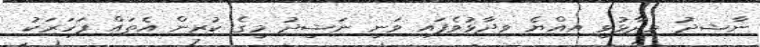
ނާޝިދު ވިދާޅުވީ އިއްޔެ ވިދާޅުވެފައި ވަނީ ނަޝީދު މީގެ ކުރިން އެތައް ފަހަރަކު